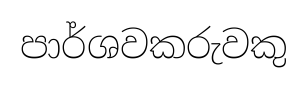
පාර්ශවකරුවකු